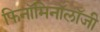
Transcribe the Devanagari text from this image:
फिनॉमिनॉलॉजी